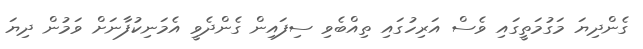
ގެންދިޔަ މަގުމަތީގައި ވެސް އަރިހުގައި ތިއްބެވި ސިފައިން ގެންދެވީ އެމަނިކުފާނަށް ވަމުން ދިޔަ